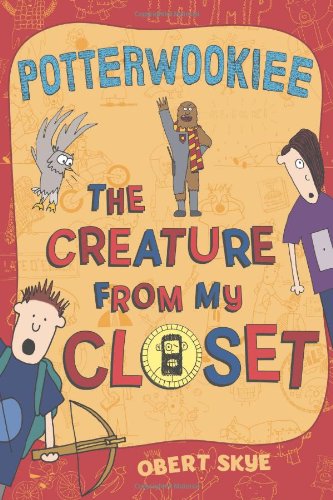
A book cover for Potterwookiee (The Creature from My Closet); Obert Skye; Children's Books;